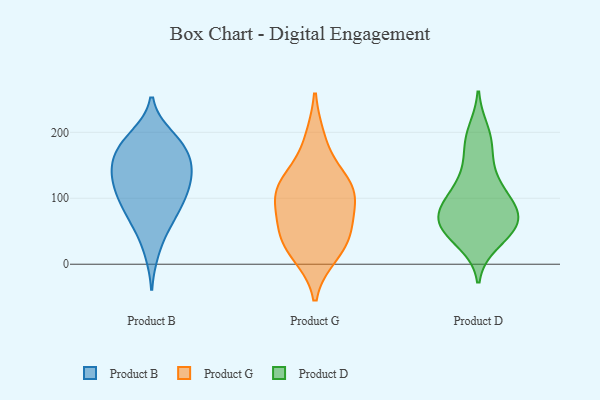
{"axis": {"x": "Churn Rate (%)", "y": "Value"}, "legend": ["Product B", "Product D", "Product G"], "data": [{"x": "", "y": 137, "type": "Product B"}, {"x": "", "y": 101, "type": "Product B"}, {"x": "", "y": 106, "type": "Product B"}, {"x": "", "y": 58, "type": "Product B"}, {"x": "", "y": 110, "type": "Product B"}, {"x": "", "y": 186, "type": "Product B"}, {"x": "", "y": 126, "type": "Product B"}, {"x": "", "y": 142, "type": "Product B"}, {"x": "", "y": 66, "type": "Product B"}, {"x": "", "y": 153, "type": "Product B"}, {"x": "", "y": 171, "type": "Product B"}, {"x": "", "y": 75, "type": "Product B"}, {"x": "", "y": 171, "type": "Product B"}, {"x": "", "y": 96, "type": "Product B"}, {"x": "", "y": 195, "type": "Product B"}, {"x": "", "y": 191, "type": "Product B"}, {"x": "", "y": 158, "type": "Product B"}, {"x": "", "y": 19, "type": "Product B"}, {"x": "", "y": 135, "type": "Product B"}, {"x": "", "y": 105, "type": "Product G"}, {"x": "", "y": 118, "type": "Product G"}, {"x": "", "y": 56, "type": "Product G"}, {"x": "", "y": 118, "type": "Product G"}, {"x": "", "y": 16, "type": "Product G"}, {"x": "", "y": 188, "type": "Product G"}, {"x": "", "y": 28, "type": "Product G"}, {"x": "", "y": 123, "type": "Product G"}, {"x": "", "y": 80, "type": "Product G"}, {"x": "", "y": 42, "type": "Product G"}, {"x": "", "y": 94, "type": "Product D"}, {"x": "", "y": 136, "type": "Product D"}, {"x": "", "y": 95, "type": "Product D"}, {"x": "", "y": 58, "type": "Product D"}, {"x": "", "y": 42, "type": "Product D"}, {"x": "", "y": 55, "type": "Product D"}, {"x": "", "y": 84, "type": "Product D"}, {"x": "", "y": 188, "type": "Product D"}, {"x": "", "y": 71, "type": "Product D"}, {"x": "", "y": 69, "type": "Product D"}, {"x": "", "y": 128, "type": "Product D"}, {"x": "", "y": 103, "type": "Product D"}, {"x": "", "y": 176, "type": "Product D"}, {"x": "", "y": 57, "type": "Product D"}, {"x": "", "y": 34, "type": "Product D"}, {"x": "", "y": 200, "type": "Product D"}, {"x": "", "y": 65, "type": "Product D"}]}